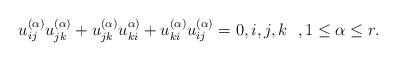
LaTeX: \begin{align*}u_{ij}^{(\alpha)} u_{jk}^{(\alpha)}+ u_{jk}^{(\alpha)} u_{ki}^{\alpha)}+u_{ki}^{(\alpha)} u_{ij}^{(\alpha)}=0, i,j,k \ \ , 1 \le\alpha \le r.\end{align*}